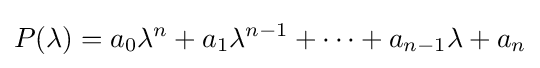
P(\lambda )=a_{0}\lambda ^{n}+a_{1}\lambda ^{n-1}+\cdots +a_{n-1}\lambda +a_{n}